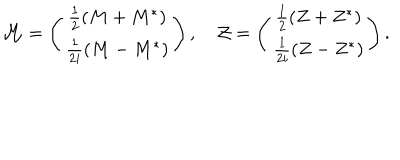
{ \mathcal M } = \left( \begin{array} { c } { { \frac 1 2 ( M + M ^ { * } ) } } \\ { { \frac 1 { 2 i } ( M - M ^ { * } ) } } \\ \end{array} \right) , \quad { \mathcal Z } = \left( \begin{array} { c } { { \frac 1 2 ( Z + Z ^ { * } ) } } \\ { { \frac 1 { 2 i } ( Z - Z ^ { * } ) } } \\ \end{array} \right) .